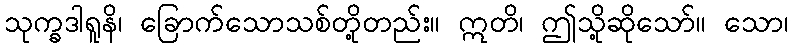
သုက္ခဒါရူနိ၊ ခြောက်သောသစ်တို့တည်း။ ဣတိ၊ ဤသို့ဆိုသော်။ သော၊